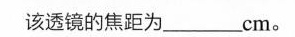
该透镜的焦距为______cm。